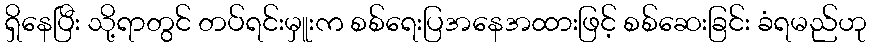
ရှိနေပြီး သို့ရာတွင် တပ်ရင်းမှူးက စစ်ရေးပြအနေအထားဖြင့် စစ်ဆေးခြင်း ခံရမည်ဟု